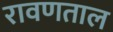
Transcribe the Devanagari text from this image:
रावणताल